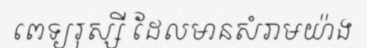
ពេទ្យរុស្សី ដែលមានសំរាមយ៉ាង